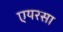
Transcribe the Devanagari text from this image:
एयरसा